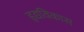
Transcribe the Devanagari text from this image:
हृद्यविकास